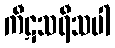
ကီဋသရီသပါ